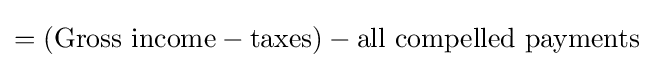
=({\text{Gross income}}-{\text{taxes}})-{\text{all compelled payments}}